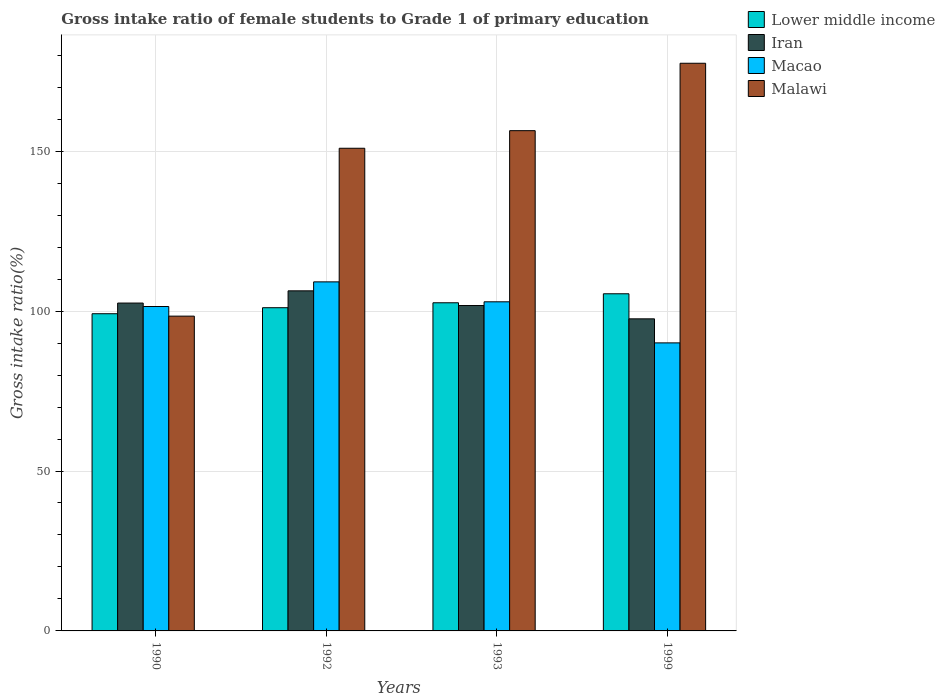
| Years | Lower middle income | Iran | Macao | Malawi |
 | --- | --- | --- | --- | --- |
 | 1990 | 99.2 | 103 | 101 | 98.4 |
 | 1992 | 101 | 106 | 109 | 151 |
 | 1993 | 103 | 102 | 103 | 156 |
 | 1999 | 105 | 97.6 | 90.1 | 178 |